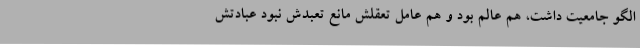
الگو جامعیت داشت، هم عالم بود و هم عامل تعقلش مانع تعبدش نبود عبادتش